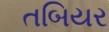
તબિયર